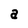
Character: a